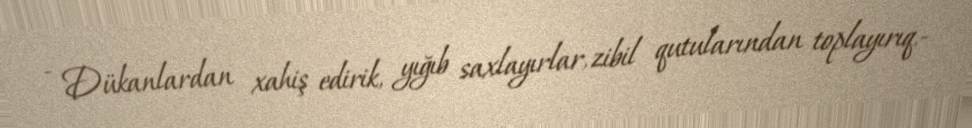
- Dükanlardan xahiş edirik, yığıb saxlayırlar, zibil qutularından toplayırıq.-